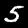
Label: 5